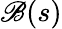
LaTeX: \mathscr{B}(s)